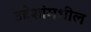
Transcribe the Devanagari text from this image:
उद्देशांमधील